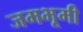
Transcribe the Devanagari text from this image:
जमभूमी